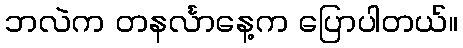
ဘလဲက တနင်္လာနေ့က ပြောပါတယ်။